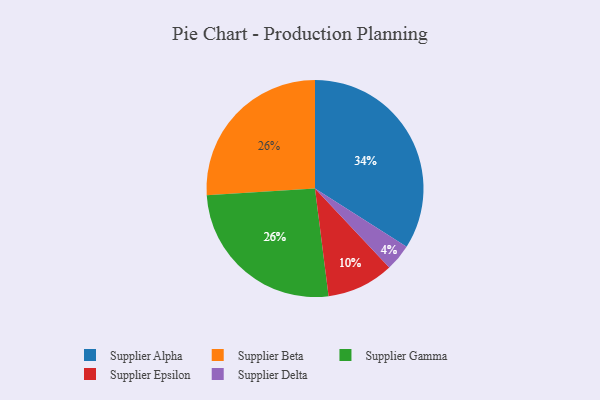
{"axis": {"x": "Category", "y": "Percentage"}, "legend": ["Supplier Alpha", "Supplier Beta", "Supplier Delta", "Supplier Epsilon", "Supplier Gamma"], "data": [{"x": "Supplier Alpha", "y": 34, "type": "Supplier Alpha"}, {"x": "Supplier Beta", "y": 26, "type": "Supplier Beta"}, {"x": "Supplier Epsilon", "y": 10, "type": "Supplier Epsilon"}, {"x": "Supplier Gamma", "y": 26, "type": "Supplier Gamma"}, {"x": "Supplier Delta", "y": 4, "type": "Supplier Delta"}]}